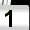
Digit: 1